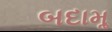
બદામૢ